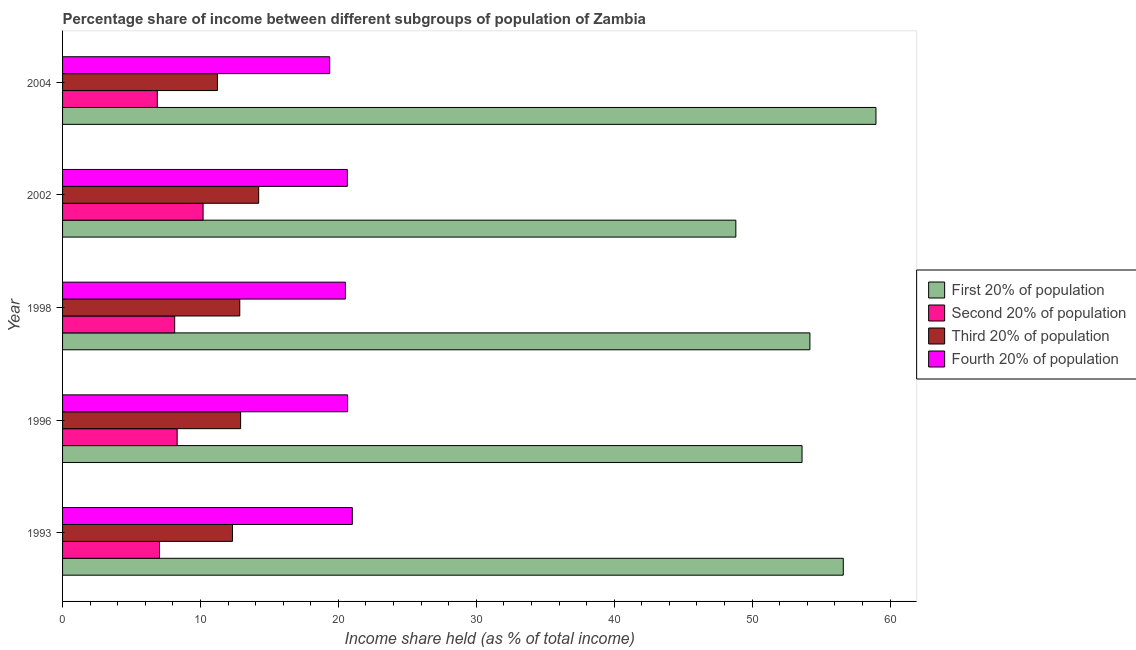
| Year | First 20% of population | Second 20% of population | Third 20% of population | Fourth 20% of population |
 | --- | --- | --- | --- | --- |
 | 1993 | 56.6 | 7.03 | 12.3 | 21 |
 | 1996 | 53.6 | 8.31 | 12.9 | 20.7 |
 | 1998 | 54.2 | 8.13 | 12.8 | 20.5 |
 | 2002 | 48.8 | 10.2 | 14.2 | 20.6 |
 | 2004 | 59 | 6.87 | 11.2 | 19.4 |